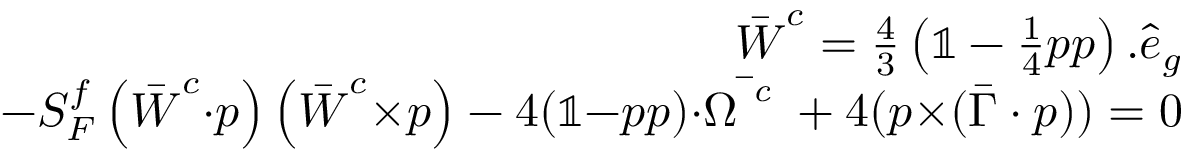
\begin{array} { r l r } & { } & { \bar { \boldsymbol { W } } ^ { c } = \frac { 4 } { 3 } \left( \mathbb { 1 } - \frac { 1 } { 4 } \boldsymbol { p } \boldsymbol { p } \right) . \hat { \boldsymbol { e } } _ { g } } \\ & { } & { - S _ { F } ^ { f } \left( \bar { \boldsymbol { W } } ^ { c } { \cdot } \boldsymbol { p } \right) \left( \bar { \boldsymbol { W } } ^ { c } { \times } \boldsymbol { p } \right) - 4 ( \mathbb { 1 } { - } \boldsymbol { p } \boldsymbol { p } ) { \cdot } \bar { \boldsymbol { \Omega } ^ { \textit { c } } } + 4 ( \boldsymbol { p } { \times } ( \bar { \boldsymbol { \Gamma } } \cdot \boldsymbol { p } ) ) = 0 } \end{array}